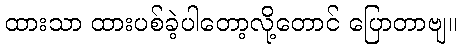
ထားသာ ထားပစ်ခဲ့ပါတော့လို့တောင် ပြောတာဗျ။